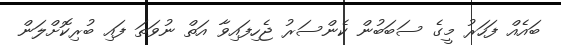
ބައެއް ފަހަރު މީގެ ސަބަބުން ކެންސަރު ޖެހިފައިވާ އަތް ނުވަތަ ފައި ބުރިކޮށްލަން